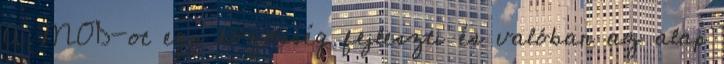
A MOD-ot egy közösség fejleszti és valóban az alap